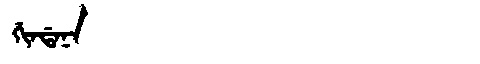
Manchu: ᡤᡳᠨᡩᠠᠨᠠ
Romanization: GINDANA